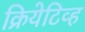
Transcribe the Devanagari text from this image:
क्रियेटिव्ह